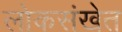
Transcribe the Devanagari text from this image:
लोकसंखेत